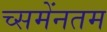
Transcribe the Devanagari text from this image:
च्समेंनतम